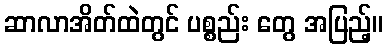
ဆာလာအိတ်ထဲတွင် ပစ္စည်း တွေ အပြည့်။